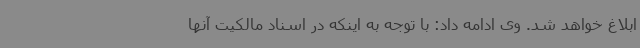
ابلاغ خواهد شد. وی ادامه داد: با توجه به اینکه در اسناد مالکیت آنها